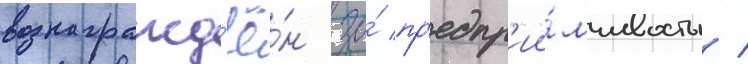
вознагражд'ё́н за́ пр'едпр'ии́мчивость /